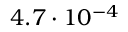
4 . 7 \cdot 1 0 ^ { - 4 }